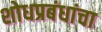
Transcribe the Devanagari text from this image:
शोधप्रबंधांचा